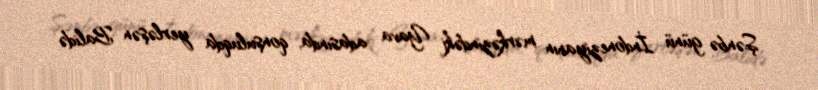
Şənbə günü İndoneziyanın mərkəzindəki Yava adasında, qonşuluqda yerləşən Balidə